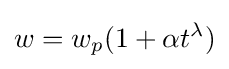
w=w_{p}(1+\alpha t^{\lambda })